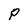
Character: P